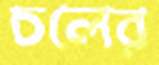
চলের